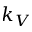
k _ { V }